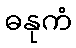
ဓနုကံ